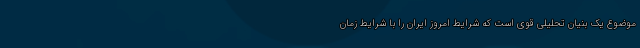
موضوع یک بنیان تحلیلی قوی است که شرایط امروز ایران را با شرایط زمان